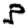
Digit: 3